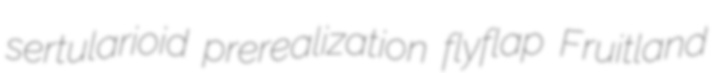
sertularioid prerealization flyflap Fruitland